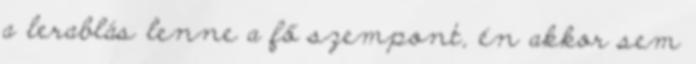
a lerablás lenne a fő szempont, én akkor sem